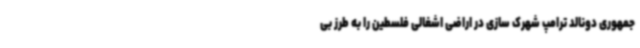
جمهوری دونالد ترامپ شهرک سازی در اراضی اشغالی فلسطین را به طرز بی